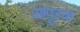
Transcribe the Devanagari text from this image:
आपूरक